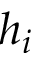
h _ { i }